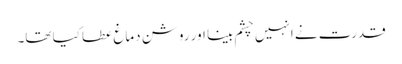
قدرت نے انہیں چشم بینا اور روشن دماغ عطا کیا تھا۔